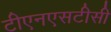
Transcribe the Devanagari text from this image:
टीएनएसटीसी